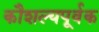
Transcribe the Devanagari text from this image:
कौशल्यपूर्वक